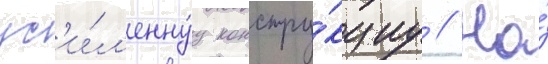
ус'и́л'еннуу констру́кциу // На́